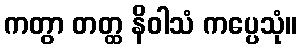
ကတွာ တတ္ထ နိဝါသံ ကပ္ပေသုံ။